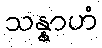
သန္နာဟံ